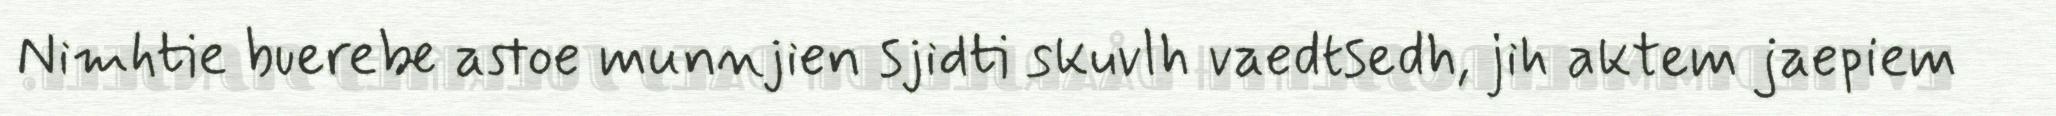
Nimhtie buerebe astoe munnjien sjidti skuvlh vaedtsedh, jih aktem jaepiem